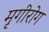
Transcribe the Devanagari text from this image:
मृगीरोग